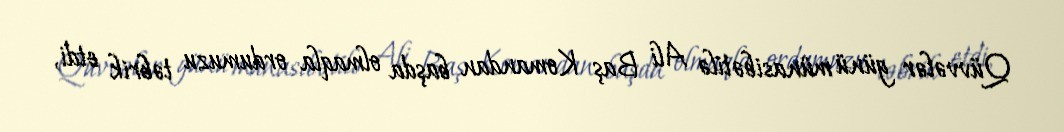
Qüvvələr günü münasibətilə Ali Baş Komandan başda olmaqla ordumuzu təbrik etdi,